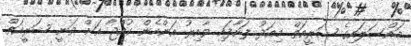
މައްސަލައިގެ ޝަރީއަތް މިއަދު ފަށާފައި ވާއިރު އަންހެން ކުއްޖާ އަށް ވަނީ ޝަރީއަތް